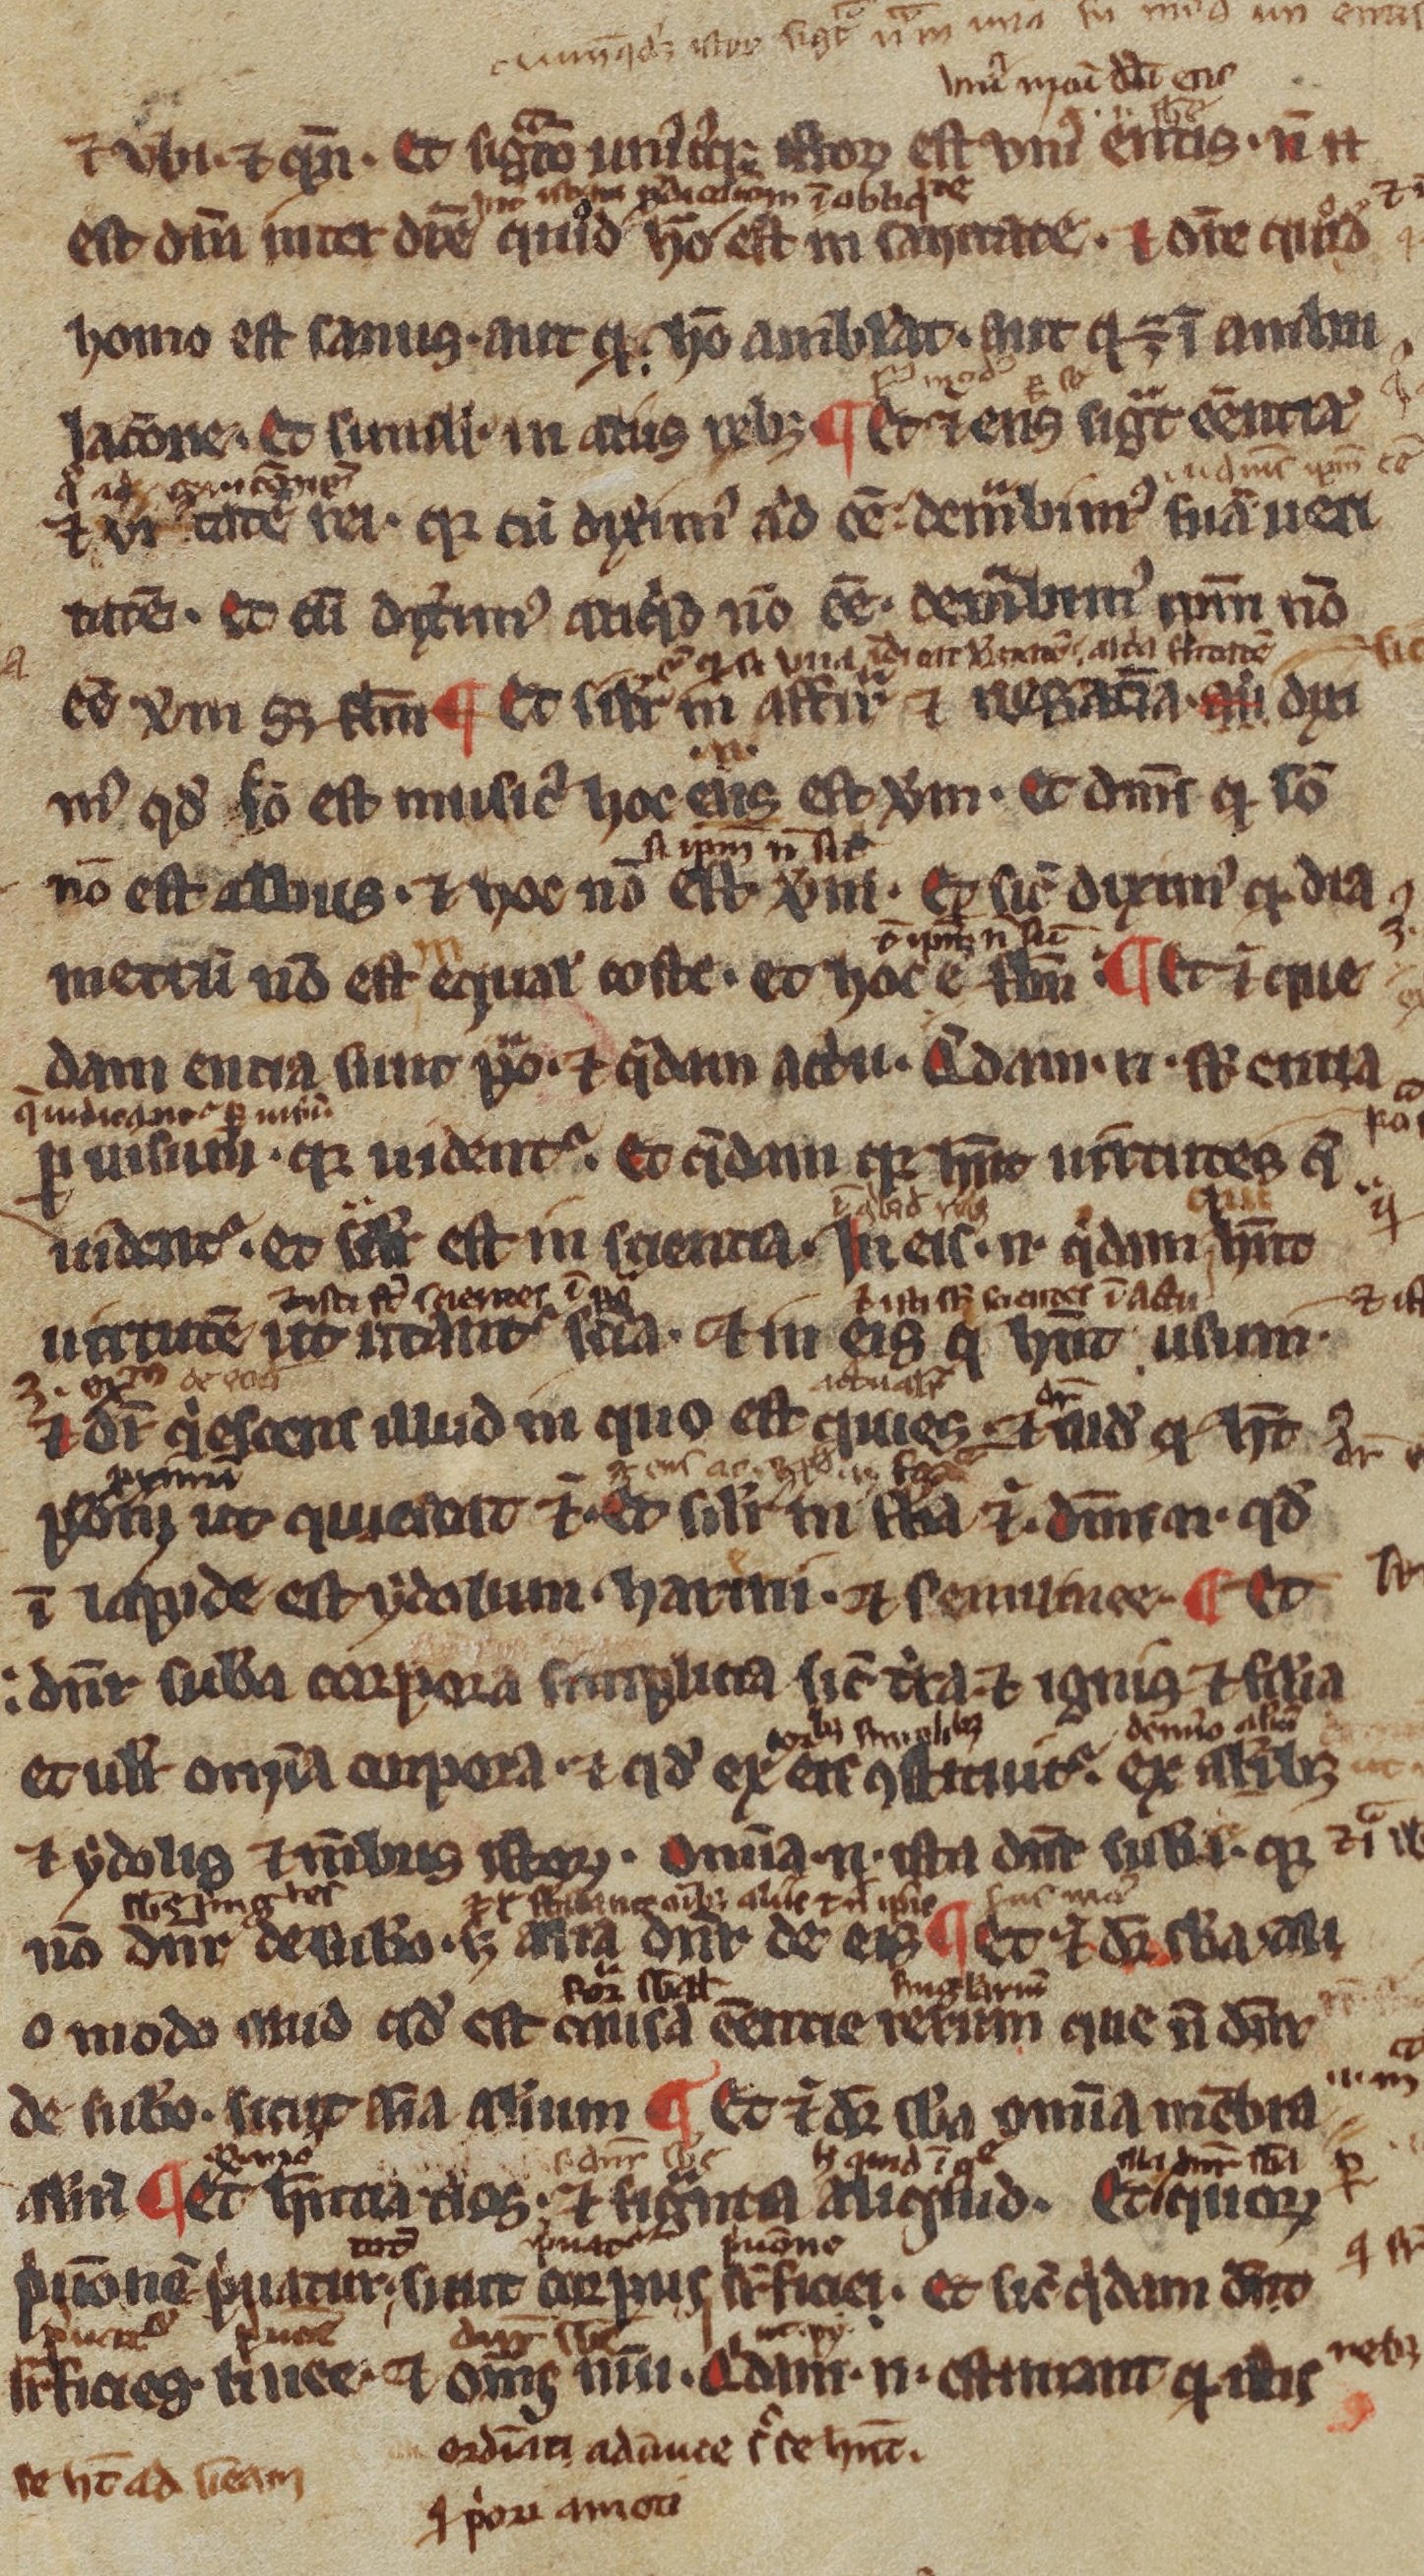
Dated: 1200–1299